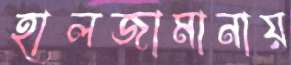
হালজামানায়